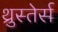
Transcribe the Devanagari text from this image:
थ्रुस्तेर्स